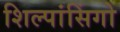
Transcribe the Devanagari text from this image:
शिल्पांसिंगो